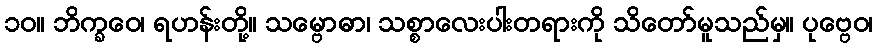
၁၀။ ဘိက္ခဝေ၊ ရဟန်းတို့။ သမ္ဗောဓာ၊ သစ္စာလေးပါးတရားကို သိတော်မူသည်မှ။ ပုဗ္ဗေဝ၊